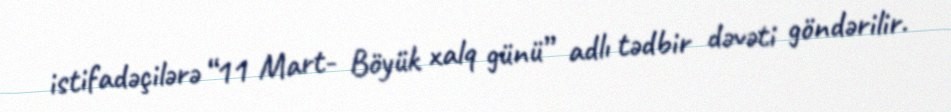
istifadəçilərə “11 Mart- Böyük xalq günü” adlı tədbir dəvəti göndərilir.